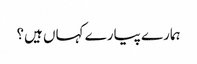
ہمارے پیارے کہاں ہیں؟